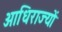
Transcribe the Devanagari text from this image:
आधिराज्यों